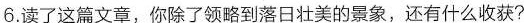
6.读了这篇文章，你除了领略到落日壮美的景象，还有什么收获?